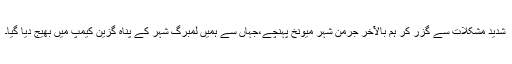
شدید مشکلات سے گزر کر ہم بالآخر جرمن شہر میونخ پہنچے،جہاں سے ہمیں لِمبرگ شہر کے پناہ گزین کیمپ میں بھیج دیا گیا۔